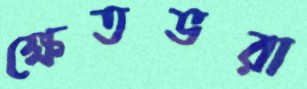
ক্ষেতভরা